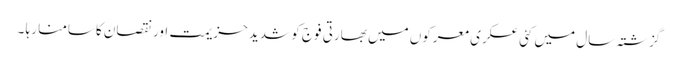
گزشتہ سال میں کئی عسکری معرکوں میں بھارتی فوج کو شدید حزیمت اور نقصان کاسامنا رہا ۔